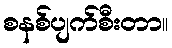
စနစ်ပျက်စီးတာ။